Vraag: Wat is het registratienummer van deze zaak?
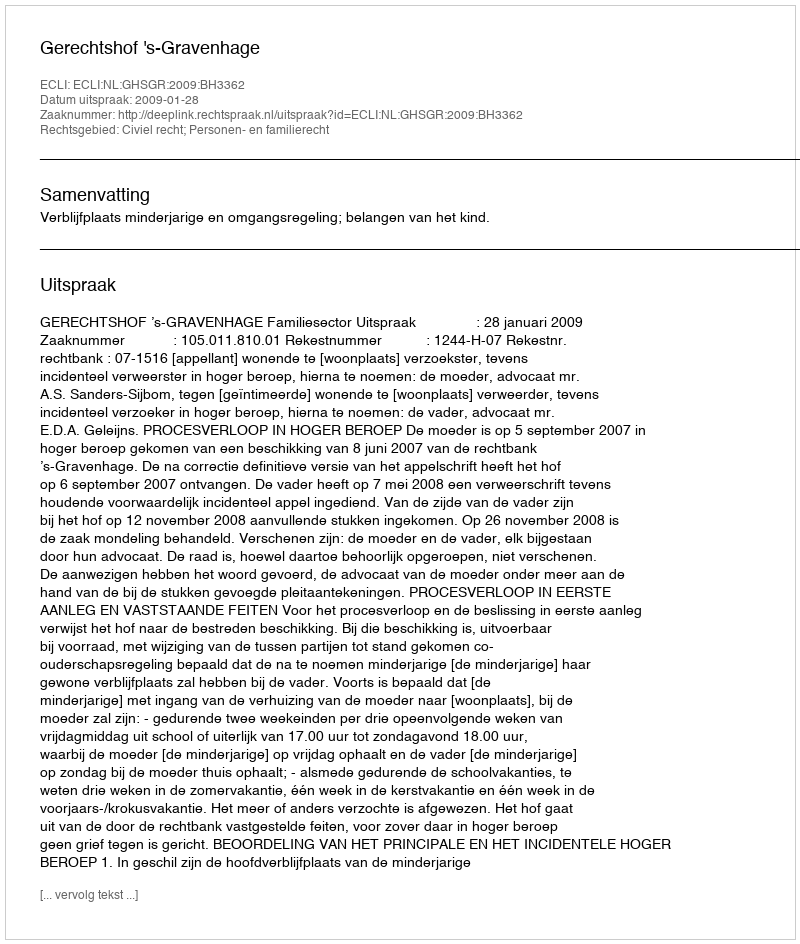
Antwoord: http://deeplink.rechtspraak.nl/uitspraak?id=ECLI:NL:GHSGR:2009:BH3362